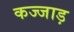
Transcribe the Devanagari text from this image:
कज्जाड़